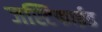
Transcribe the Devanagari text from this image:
जस्टिफाईड